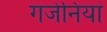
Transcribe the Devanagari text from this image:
गजेनियां